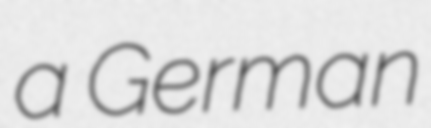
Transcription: a German